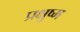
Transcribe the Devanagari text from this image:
प्रक्षुष्म